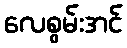
လေစွမ်းအင်